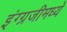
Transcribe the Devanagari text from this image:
इंग्ग्रजीमध्ये